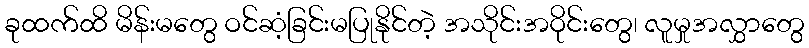
ခုထက်ထိ မိန်းမတွေ ဝင်ဆံ့ခြင်းမပြုနိုင်တဲ့ အသိုင်းအဝိုင်းတွေ၊ လူမှုအလွှာတွေ